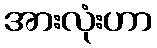
အားလုံးဟာ